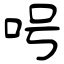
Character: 呺